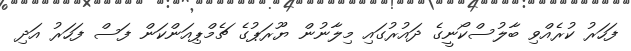
ފަހަރު ކުރެއްވި ބާލުސްކޯނީގެ ދައުރުގައި މިލާނުން ޔޫރަޕުގެ ޗެމްޕިއަންކަން ފަސް ފަހަރު އަދި